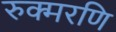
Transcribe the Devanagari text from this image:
रुक्मरणि